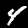
Label: 4